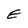
Character: E